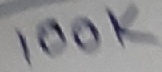
Text: 100K